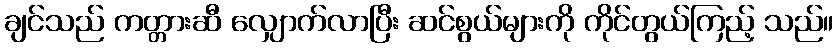
ချင်သည် ကတ္တားဆီ လျှောက်လာပြီး ဆင်စွယ်များကို ကိုင်တွယ်ကြည့် သည်။